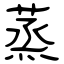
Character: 蒸